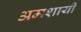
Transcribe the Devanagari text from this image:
अमशायी